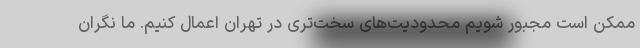
ممکن است مجبور شویم محدودیت‌های سخت‌تری در تهران اعمال کنیم. ما نگران